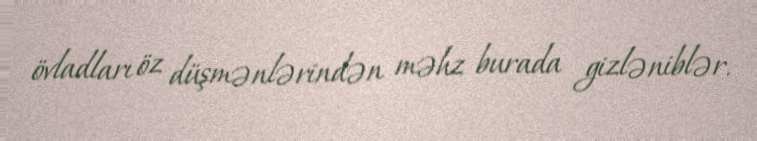
övladları öz düşmənlərindən məhz burada gizləniblər.